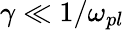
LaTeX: \gamma\ll 1/\omega_{pl}